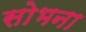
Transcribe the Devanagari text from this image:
सोभना